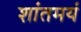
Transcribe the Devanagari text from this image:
शांतमयं